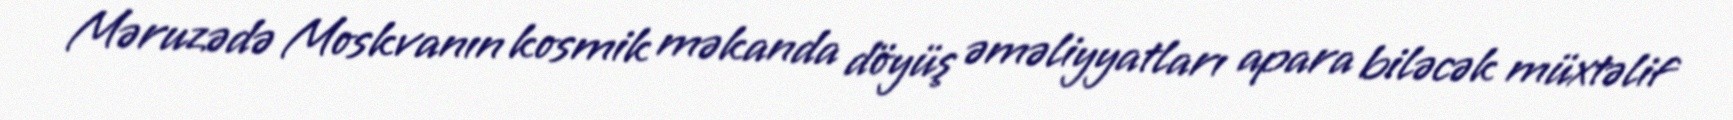
Məruzədə Moskvanın kosmik məkanda döyüş əməliyyatları apara biləcək müxtəlif